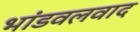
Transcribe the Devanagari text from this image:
भांडवलवाद